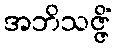
အဘိသဇ္ဇိံ